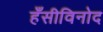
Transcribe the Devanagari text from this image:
हँसीविनोद